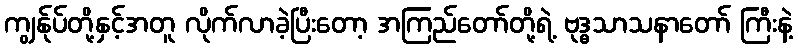
ကျွန်ုပ်တို့နှင့်အတူ လိုက်လာခဲ့ပြီးတော့ အကြည်တော်တို့ရဲ့ ဗုဒ္ဓသာသနာတော် ကြီးနဲ့